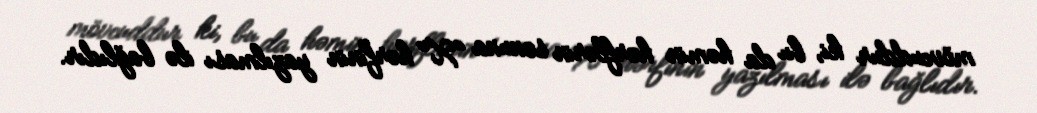
mövcuddur ki, bu da həmin hərflərin sonuna "X" hərfinin yazılması ilə bağlıdır.